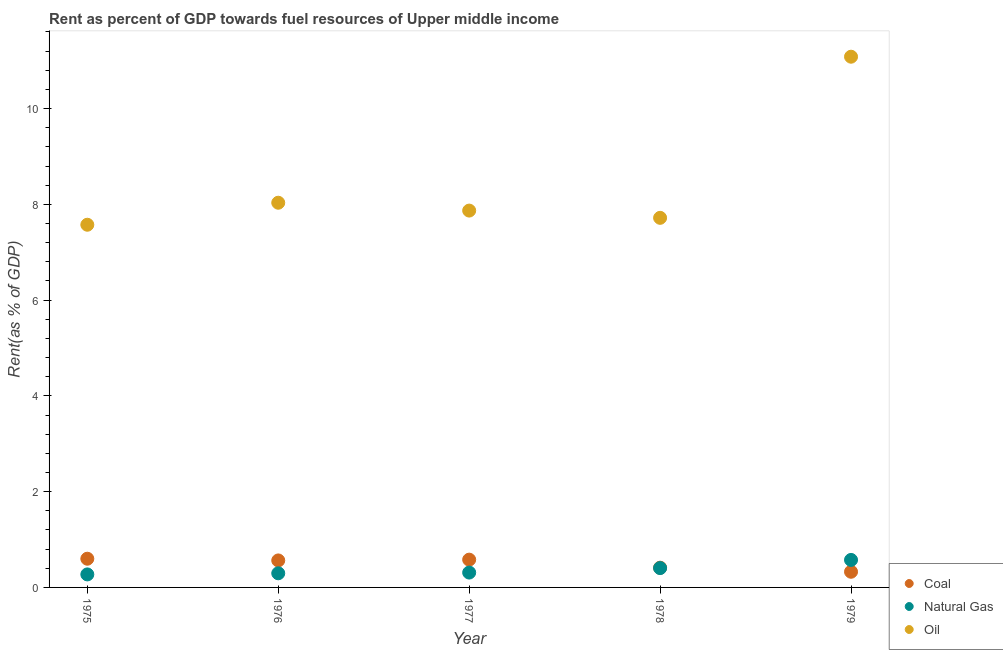
| Year | Coal | Natural Gas | Oil |
 | --- | --- | --- | --- |
 | 1975 | 0.599 | 0.272 | 7.57 |
 | 1976 | 0.564 | 0.295 | 8.03 |
 | 1977 | 0.58 | 0.31 | 7.87 |
 | 1978 | 0.412 | 0.404 | 7.72 |
 | 1979 | 0.327 | 0.574 | 11.1 |